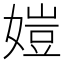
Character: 㜐